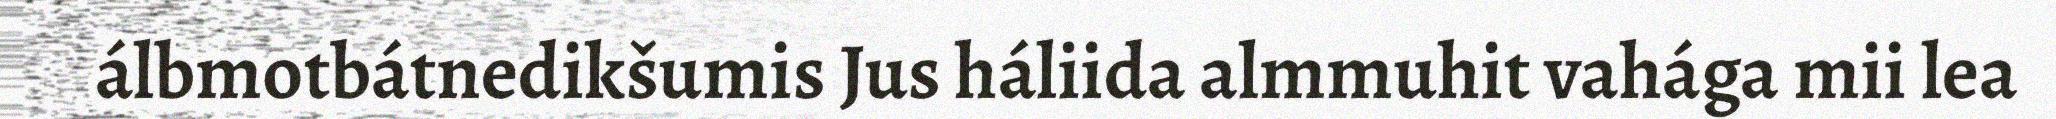
álbmotbátnedikšumis Jus háliida almmuhit vahága mii lea